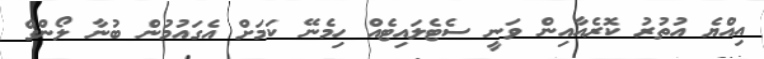
އިއްޔެ އުތުރު ކޮރެއާއިން ވަނީ ސެޓެލައިޓެއް ހިމެނޭ ކަމަށް އެގައުމުން ބުނާ ލޯންގް